Kambja_algkool, lk 121
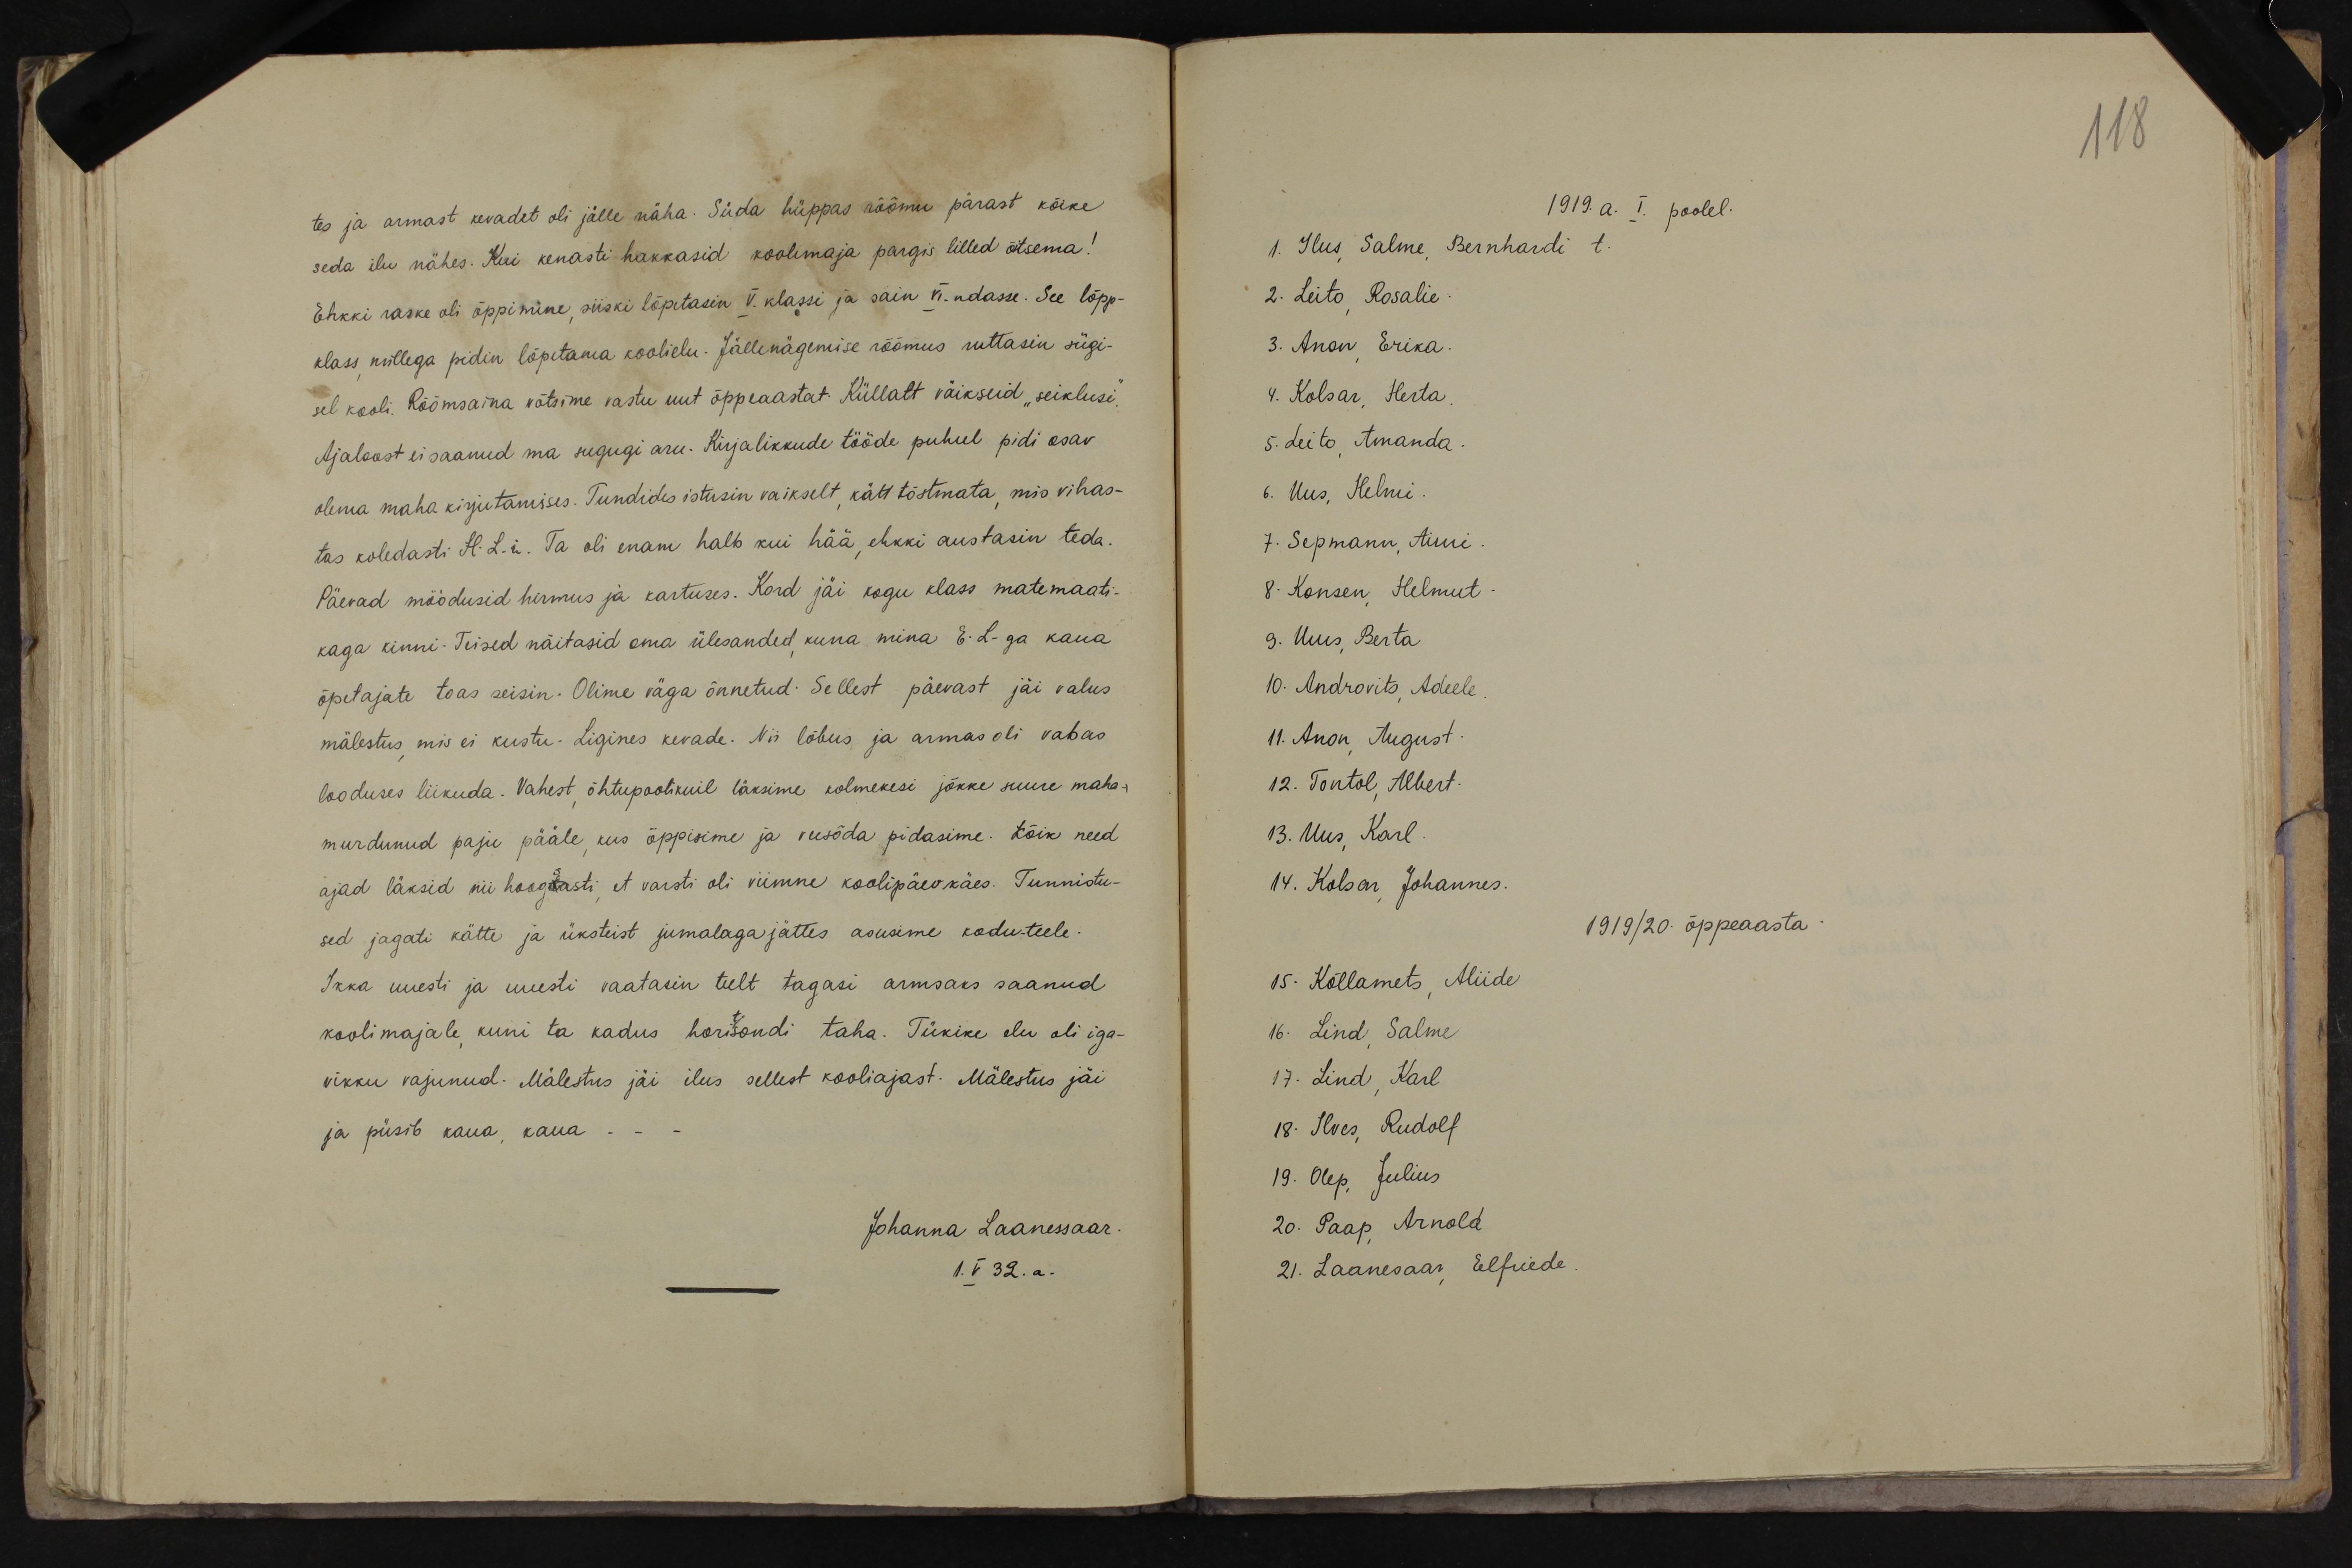
118

tes ja armast kevadet oli jälle näha. Süda hüppas rõõmu pärast kõike
seda ilu nähes. Kui kenasti hakkasid koolimaja pargis lilled õtsema!
Ehkki raske oli õppimine, siiski lõpetasin V. klassi ja sain VI. ndasse. See lõpp-
klass millega pidin lõpetama koolielu. Jällenägemise rõõmus ruttasin sügi-
sel kooli. Rõõmsaina võtsime vastu uut õppeaastat Küllalt väikseid "seiklusi,"
Ajaloost ei saanud ma sugugi aru. Kirjalikkude tööde puhul pidi osav
olema maha kirjutamises. Tundides istusin vaikselt kätt tõstmata, mis vihas-
tas koledasti H. L.i. Ta oli enam halb kui hää, ehkki austasin teda.
Päevad möödusid hirmus ja kartuses. Kord jäi kogu klass matemaati-
kaga kinni. Teised näitasid oma ülesanded kuna mina E.L-ga kaua
õpetajate toas seisin. Olime väga õnnetud: Sellest päevast jäi valus
mälestus, mis ei kustu. Ligines kevade. Nii lõbus ja armas oli vabas
looduses liikuda. Vahest õhtupootikuil läksime kolmekesi jõkke suure maha-
murdunud paju pääle, kus õppisime ja veesõda pidasime. Kõik need
ajad läksid nii hooglasti, et varsti oli viimne koolipäev käes. Tunnistu-
sed jagati kätte ja üksteist jumalaga jättes asusime kodu-teele.
Ikka uuesti ja uuuesti vaatasin teelt tagasi armsaks saanud,
koolimajale, kuni ta kadus horisondi taha. Tükike elu oli iga-
vikku vajunud. Mälestus jäi ilus sellest kooliajast. Mälestus Jäi-
ja püsib kaua, kaua - -
Johanna Laanessaar.
1.V 32.a.

1919. a. I. poolel.
1. Ilus Salme Bernhardi t.
2. Leito, Rosalie
3. Anon, Erika.
4. Kolsar, Herta.
5. Leito, Amanda.
6. Uus, Helmi.
7. Sepmann, Aimi.
8. Konsen, Helmut.
3. Uus, Berta
10. Androvits, Adeele
11. Anon August.
12. Tontol, Albert.
13. Uus, Karl.
14. Kolson, Johannes.
1919/20 õppeaasta
15. Kõllamets, Aliide
16. Lind, Salme
17. Lind, Karl
18. Ilves, Rudolf
19. Olep, Julius
20. Paap, Arnold
21. Laanesaar, Elfriede.